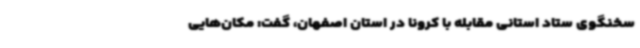
سخنگوی ستاد استانی مقابله با کرونا در استان اصفهان، گفت: مکان‌هایی